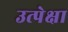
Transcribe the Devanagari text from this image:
उत्पेक्षा